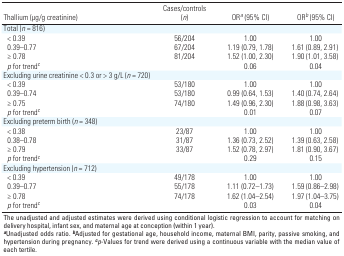
<table><thead><tr><td><b>Thallium (μg/g creatinine)</b></td><td><b>Cases/controls (<i>n</i>)</b></td><td><b>OR<sup><i>a</i></sup> (95% CI)</b></td><td><b>OR<sup><i>b</i></sup> (95% CI)</b></td></tr></thead><tbody><tr><td><b>Total (<i>n </i>= 816)</b></td></tr><tr><td><b>&lt; 0.39</b></td><td>56/204</td><td>1.00 </td><td>1.00</td></tr><tr><td><b>0.39–0.77</b></td><td>67/204</td><td>1.19 (0.79, 1.78)</td><td>1.61 (0.89, 2.91)</td></tr><tr><td><b>≥ 0.78</b></td><td>81/204</td><td>1.52 (1.00, 2.30)</td><td>1.90 (1.01, 3.58)</td></tr><tr><td><b><i>p</i> for trend<sup><i>c</i></sup></b></td><td></td><td>0.06</td><td>0.04</td></tr><tr><td><b>Excluding urine creatinine &lt; 0.3 or &gt; 3 g/L (<i>n </i>= 720)</b></td></tr><tr><td><b>&lt; 0.39</b></td><td>53/180</td><td>1.00 </td><td>1.00</td></tr><tr><td><b>0.39–0.74</b></td><td>53/180</td><td>0.99 (0.64, 1.53)</td><td>1.40 (0.74, 2.64)</td></tr><tr><td><b>≥ 0.75</b></td><td>74/180</td><td>1.49 (0.96, 2.30)</td><td>1.88 (0.98, 3.63)</td></tr><tr><td><b><i>p</i> for trend<sup><i>c</i></sup></b></td><td></td><td>0.01</td><td>0.07</td></tr><tr><td><b>Excluding preterm birth (<i>n </i>= 348)</b></td></tr><tr><td><b>&lt; 0.38</b></td><td>23/87</td><td>1.00 </td><td>1.00</td></tr><tr><td><b>0.38–0.78</b></td><td>31/87</td><td>1.36 (0.73, 2.52)</td><td>1.39 (0.63, 2.58)</td></tr><tr><td><b>≥ 0.79</b></td><td>33/87</td><td>1.52 (0.78, 2.97)</td><td>1.81 (0.90, 3.67)</td></tr><tr><td><b><i>p</i> for trend<sup><i>c</i></sup></b></td><td></td><td>0.29</td><td>0.15</td></tr><tr><td><b>Excluding hypertension (<i>n </i>= 712)</b></td></tr><tr><td><b>&lt; 0.39</b></td><td>49/178</td><td>1.00</td><td>1.00</td></tr><tr><td><b>0.39–0.77</b></td><td>55/178</td><td>1.11 (0.72–1.73)</td><td>1.59 (0.86–2.98)</td></tr><tr><td><b>≥ 0.78</b></td><td>74/178</td><td>1.62 (1.04–2.54)</td><td>1.97 (1.04–3.75)</td></tr><tr><td><b><i>p</i> for trend<sup><i>c</i></sup></b></td><td></td><td>0.03</td><td>0.04</td></tr><tr><td colspan="4">The unadjusted and adjusted estimates were derived using conditional logistic regression to account for matching on delivery hospital, infant sex, and maternal age at conception (within 1 year). <sup><i><b>a</b></i></sup>Unadjusted odds ratio. <sup><i><b>b</b></i></sup>Adjusted for gestational age, household income, maternal BMI, parity, passive smoking, and hypertension during pregnancy. <sup><i><b>c</b></i></sup><i>p</i>-Values for trend were derived using a continuous variable with the median value of each tertile.</td></tr></tbody></table>